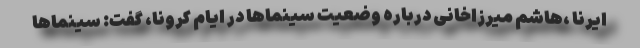
ایرنا ،هاشم میرزاخانی درباره وضعیت سینماها در ایام کرونا، گفت: سینماها